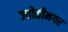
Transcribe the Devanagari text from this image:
ज्योतीनगर